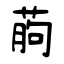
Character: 葋